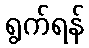
ရွက်ရန်